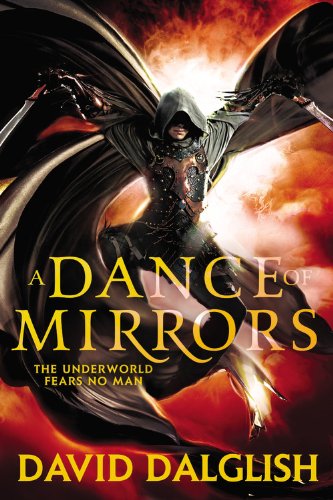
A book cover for A Dance of Mirrors (Shadowdance 3); David Dalglish; Literature & Fiction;